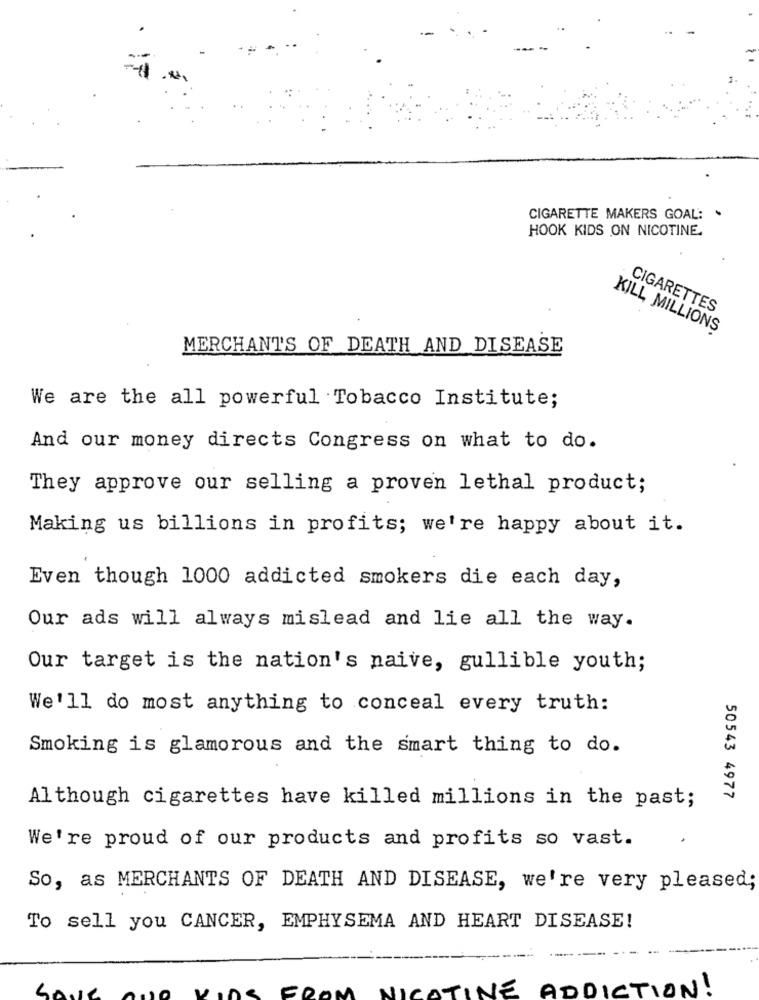
CIGARETTE MAKERS GOAL: .
HOOK KIDS ON NICOTINE.
CIGARETTES
KILL MILLIONS
MERCHANTS OF DEATH AND DISEASE
We are the all powerful Tobacco Institute;
And our money directs Congress on what to do.
They approve our selling a proven lethal product;
Making us billions in profits; we're happy about it.
Even though 1000 addicted smokers die each day,
Our ads will always mislead and lie all the way.
Our target is the nation's naive, gullible youth;
We'll do most anything to conceal every truth:
Smoking is glamorous and the smart thing to do.
50543 4977
Although cigarettes have killed millions in the past;
We're proud of our products and profits so vast.
So, as MERCHANTS OF DEATH AND DISEASE, we're very pleased;
To sell you CANCER, EMPHYSEMA AND HEART DISEASE!
AND KIDS FROM NICOTINE ADDICTION !